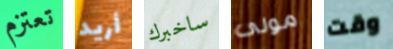
تعتزم أريد ساخبرك مولى وقت